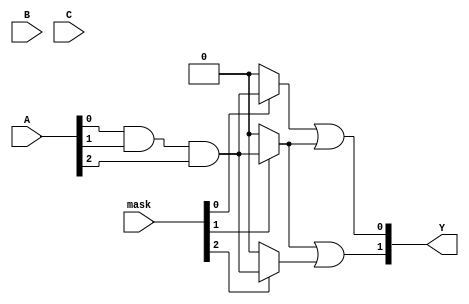
module MaskedPAL #(
    parameter NUM_AND_GATES = 4, // Number of AND gates
    parameter NUM_OR_GATES = 2,   // Number of OR gates
    parameter NUM_INPUTS = 3      // Number of inputs (A, B, C)
)(
    input wire [NUM_INPUTS-1:0]  A,  // Input vector
    input wire [NUM_INPUTS-1:0]  B,  // Input vector
    input wire [NUM_INPUTS-1:0]  C,  // Input vector
    input wire [NUM_AND_GATES-1:0] mask, // Mask to enable/disable AND gates
    output wire [NUM_OR_GATES-1:0] Y   // Output vector
);

    // Intermediate signals for AND gate outputs
    wire [NUM_AND_GATES-1:0] and_out;

    // Define the AND gates with programmable inputs
    genvar i;
    generate
        for (i = 0; i < NUM_AND_GATES; i = i + 1) begin : AND_GATE
            // Example logic: each AND gate can be programmed with inputs A, B, C or their complements
            assign and_out[i] = (mask[i]) ? 
                (A[0] & A[1] & A[2]) : 1'b0;  // Replace with actual programmed logic as needed
        end
    endgenerate

    // Define the OR gates
    genvar j;
    generate
        for (j = 0; j < NUM_OR_GATES; j = j + 1) begin : OR_GATE
            // Sample logic for OR gates to combine AND outputs
            assign Y[j] = and_out[j] | and_out[(j + 1) % NUM_AND_GATES]; // Example combining of AND gate outputs
        end
    endgenerate

endmodule